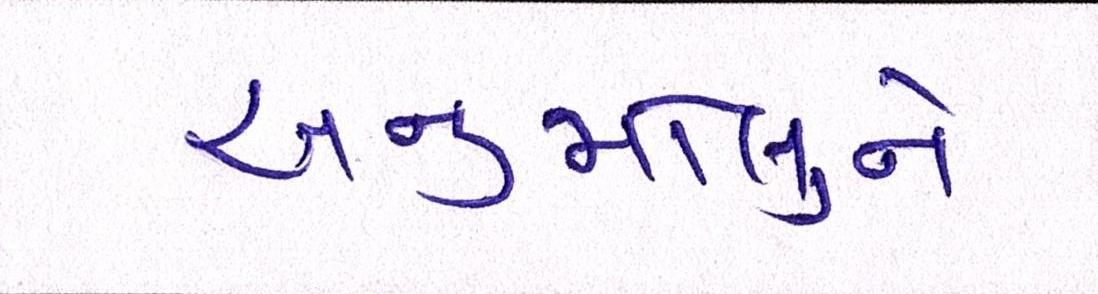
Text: અનુમોલુને